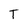
Character: T